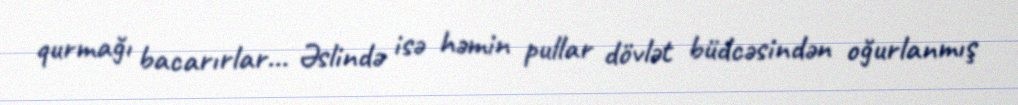
qurmağı bacarırlar... Əslində isə həmin pullar dövlət büdcəsindən oğurlanmış